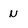
Character: n